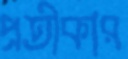
প্রতীকার